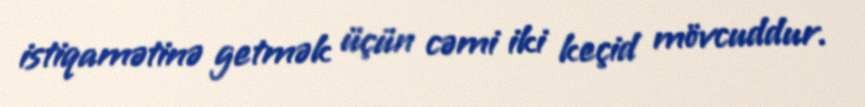
istiqamətinə getmək üçün cəmi iki keçid mövcuddur.